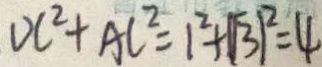
D C ^ { 2 } + A C ^ { 2 } = 1 ^ { 2 } + \sqrt { 3 } ) ^ { 2 } = 4